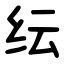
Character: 纭